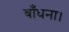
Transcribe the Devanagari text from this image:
बाँधना।